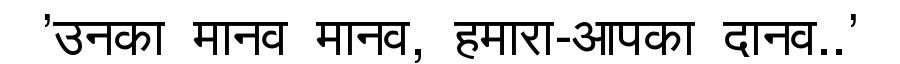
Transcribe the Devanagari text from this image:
'उनका मानव मानव, हमारा-आपका दानव..'